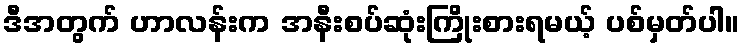
ဒီအတွက် ဟာလန်းက အနီးစပ်ဆုံးကြိုးစားရမယ့် ပစ်မှတ်ပါ။